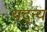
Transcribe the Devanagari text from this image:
यद्न्य